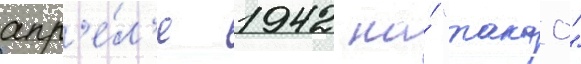
апр'е́л'е 1942 на́ "такао"